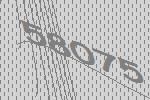
58075